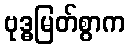
ဗုဒ္ဓမြတ်စွာက